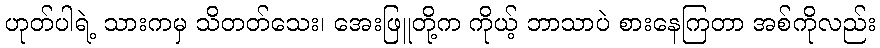
ဟုတ်ပါရဲ့ သားကမှ သိတတ်သေး၊ အေးဖြူတို့က ကိုယ့် ဘာသာပဲ စားနေကြတာ အစ်ကိုလည်း